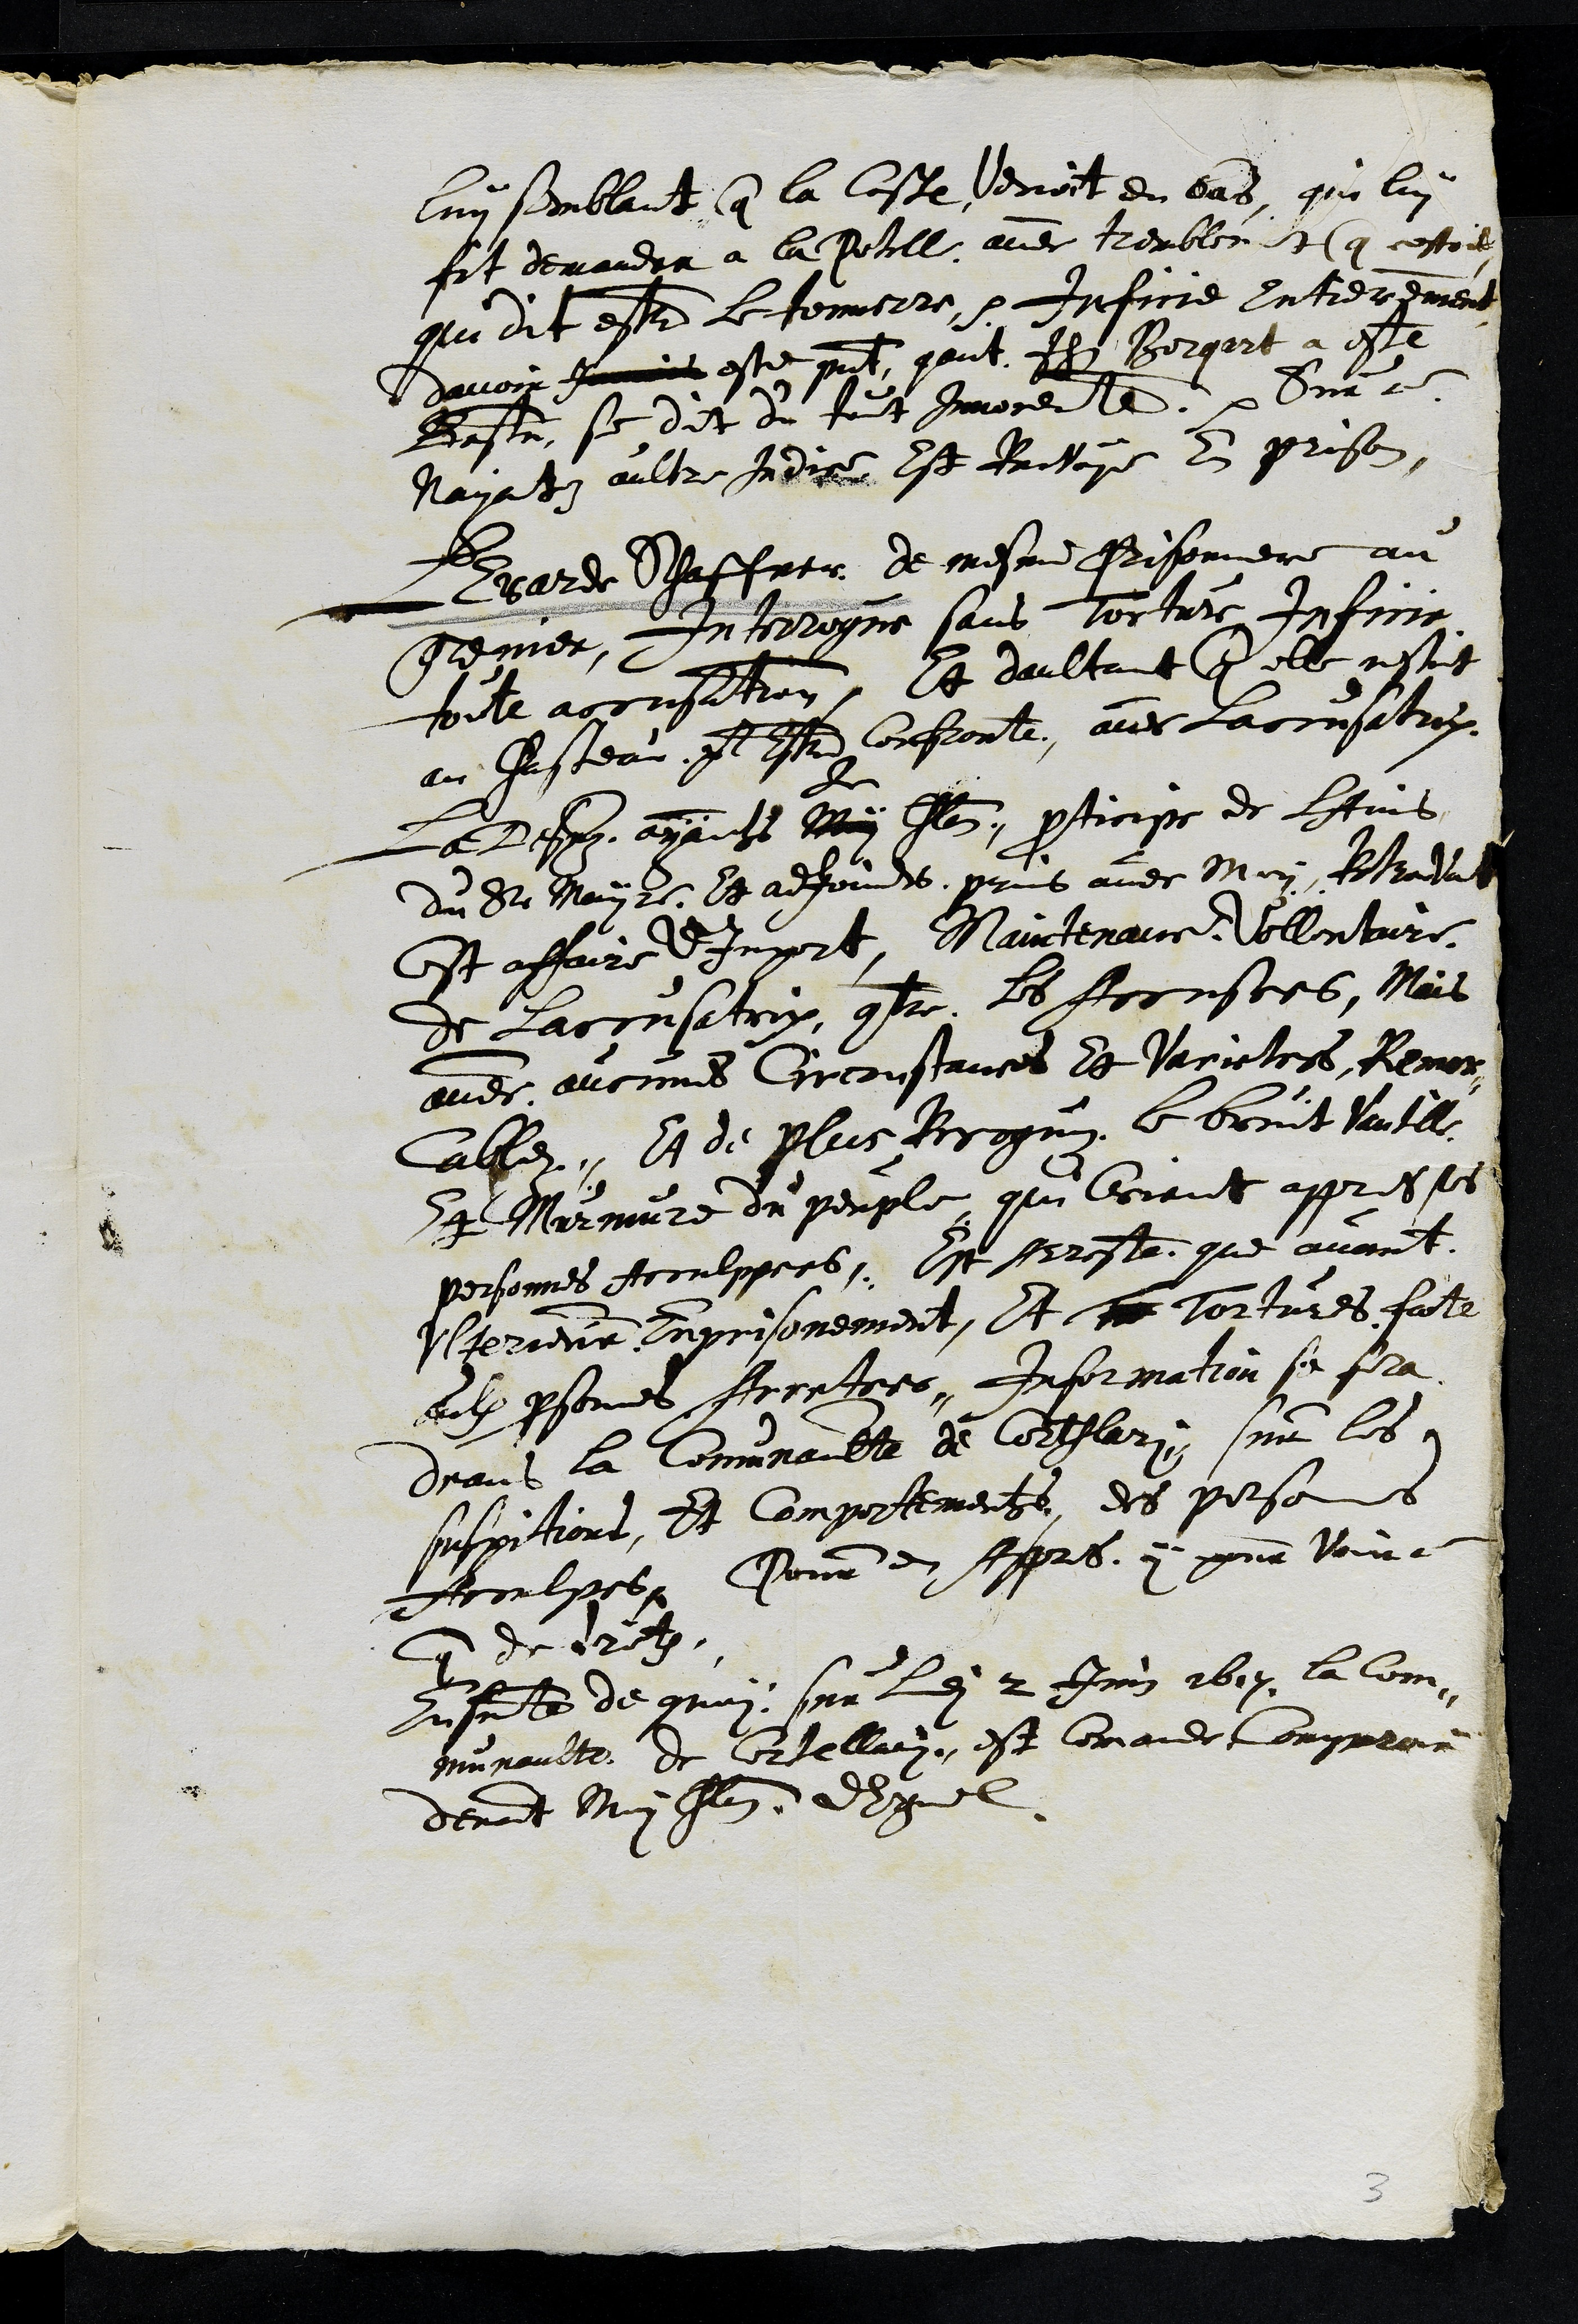
luy semblant que la coste venoit en bas, qui lui
fit demander a la Potell avec tremblement que cestoit
qui dit estre le tonnerre. Inficie entieremment
davoir jamais este present qant Jhn Borqart a este
Bastu, se dit du tout innocente. Sur ce
nayantz aultre indice est Renvoye en prison
LErarde Schaffeter de mesme Prisonniere au
grenier, Interrogue sans torture inficie
toute accusation, Et daultant que elle nestoit
au Chasteau pour Estre Confronte avec Laccusatrix
La Dessuz ayants Moy
le
Chlain participe de lavis
du Sr Mayre et adjoindts prins avec Moy, Retrouvant
Cest affaire d'Import, Maintenans Vollentaire
de laccusatrix contre les Accusees, Mais
avec aucunes circonstances Et Varietees Remar¬
cablez Et de plus Recognuz le bruit Vantille
Et Murmure du peuple qui Criant appres ses
personnes acoulppees, Est Arreste que avant
Ulterieur emprisonement, Et To Tortures faite
aulx personnes Arretees, Information se fera
deans la Comunaulte de Corthlary sur les
suspitions Et comportements des personnes
Acoulpes Pour en apres y pour voire
que de droitz.
Ensuite de quoy sur ledit 2 Juin 1617 la Com¬
munaulte de Cortellary est comande comparoir
devant Moy Chlain dErguel.
3